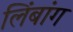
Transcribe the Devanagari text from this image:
लिंबांग